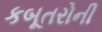
કબૂતરોની